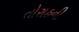
તોરાહની